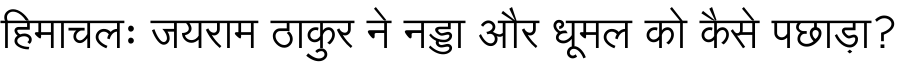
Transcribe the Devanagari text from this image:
हिमाचलः जयराम ठाकुर ने नड्डा और धूमल को कैसे पछाड़ा?